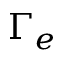
\Gamma _ { e }